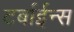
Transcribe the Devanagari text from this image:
टर्बाईन्स